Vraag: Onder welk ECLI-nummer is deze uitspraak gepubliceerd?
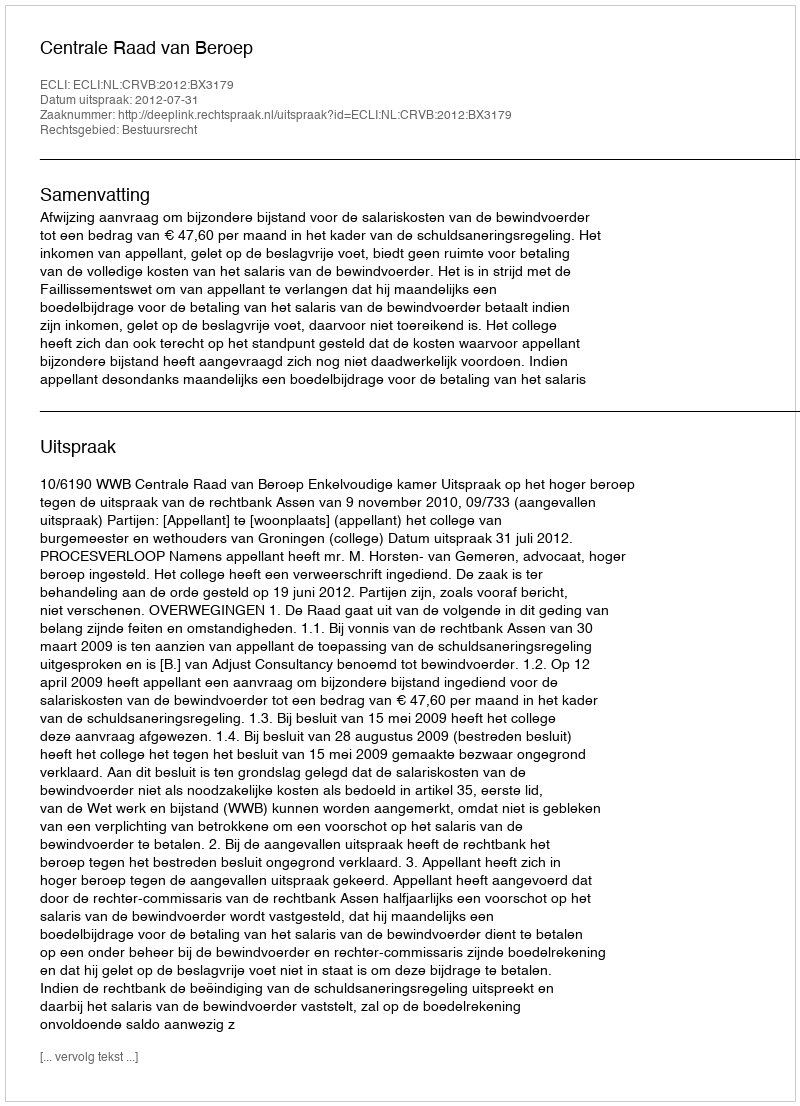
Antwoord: ECLI:NL:CRVB:2012:BX3179